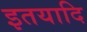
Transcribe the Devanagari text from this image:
इतयादि